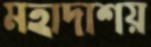
মহাদাশয়